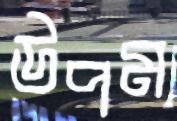
উপম